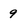
Character: 9